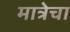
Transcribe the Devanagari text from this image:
मात्रेचा